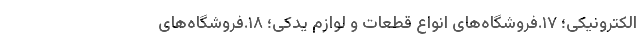
الکترونیکی؛ ۱۷.فروشگاه‌های انواع قطعات و لوازم یدکی؛ ۱۸.فروشگاه‌های